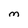
Character: M